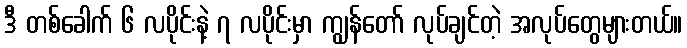
ဒီ တစ်ခေါက် ၆ လပိုင်းနဲ့ ၇ လပိုင်းမှာ ကျွန်တော် လုပ်ချင်တဲ့ အလုပ်တွေများတယ်။